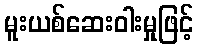
မူးယစ်ဆေးဝါးမှုဖြင့်